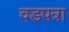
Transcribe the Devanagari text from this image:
वडपत्रा